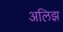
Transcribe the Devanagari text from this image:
अलिझ